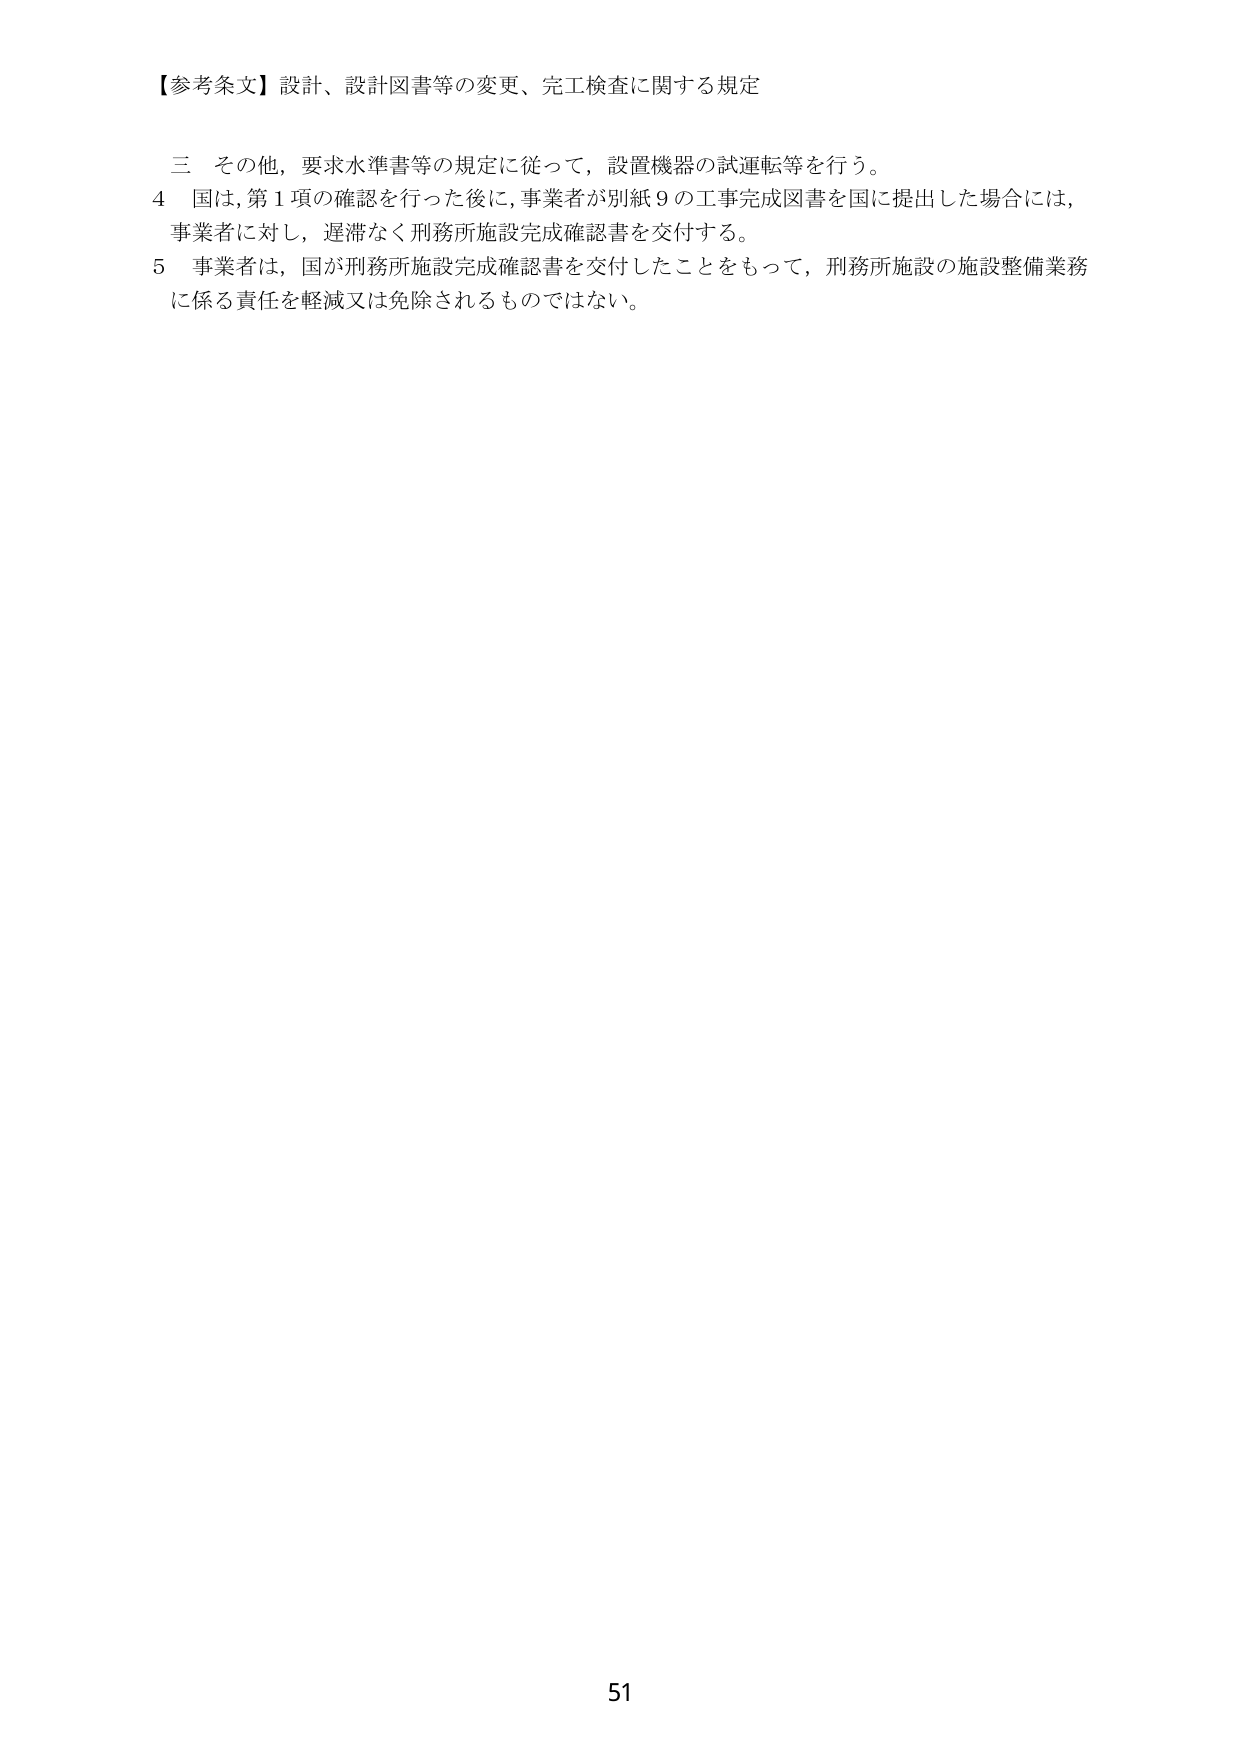
【参考条文】設計、設計図書等の変更、完工検査に関する規定

三 その他，要求水準書等の規定に従って，設置機器の試運転等を行う。

4 国は，第1項の確認を行った後に，事業者が別紙9の工事完成図書を国に提出した場合には，事業者に対し，遅滞なく刑務所施設完成確認書を交付する。

5 事業者は，国が刑務所施設完成確認書を交付したことをもって，刑務所施設の施設整備業務に係る責任を軽減又は免除されるものではない。

51